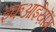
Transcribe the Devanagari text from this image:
इकआईय़ॊम